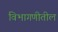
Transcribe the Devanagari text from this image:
विभागणीतील